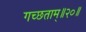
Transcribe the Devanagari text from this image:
गच्छताम्‌॥२०॥